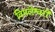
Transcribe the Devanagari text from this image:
विमलेश्वरी